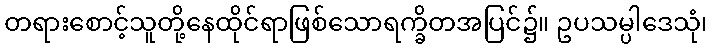
တရားစောင့်သူတို့နေထိုင်ရာဖြစ်သောရက္ခိတအပြင်၌။ ဥပသမ္ပါဒေသုံ၊